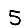
Digit: 5